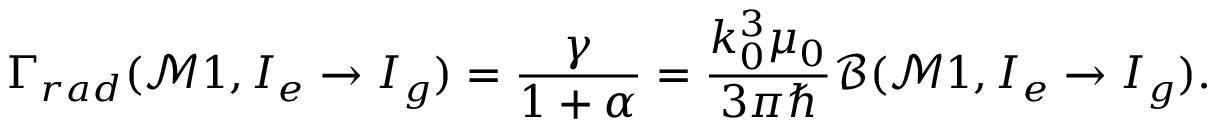
\Gamma _ { r a d } ( \mathcal { M } 1 , I _ { e } \to I _ { g } ) = \frac { \gamma } { 1 + \alpha } = \frac { k _ { 0 } ^ { 3 } \mu _ { 0 } } { 3 \pi \hbar } \mathcal { B } ( \mathcal { M } 1 , I _ { e } \to I _ { g } ) .